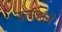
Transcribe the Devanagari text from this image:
उत्सहाने